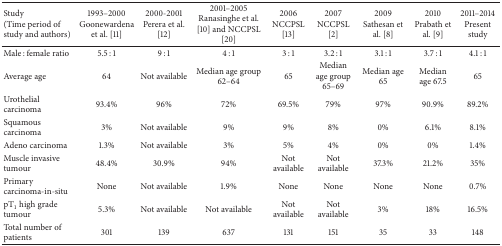
<table><thead><tr><td><b>Study(Time period of study and authors)</b></td><td><b>1993–2000 Goonewardena et al. [11]</b></td><td><b>2000-2001Perera et al. [12]</b></td><td><b>2001–2005Ranasinghe et al. [10] and NCCPSL [20]</b></td><td><b>2006NCCPSL [13]</b></td><td><b>2007NCCPSL [2]</b></td><td><b>2009Sathesan et al. [8]</b></td><td><b>2010Prabath et al. [9]</b></td><td><b>2011–2014Present study </b></td></tr></thead><tbody><tr><td>Male : female ratio</td><td>5.5 : 1</td><td>9 : 1</td><td>4 : 1</td><td>3 : 1</td><td>3.2 : 1</td><td>3.1 : 1</td><td>3.7 : 1</td><td>4.1 : 1</td></tr><tr><td>Average age </td><td>64</td><td>Not available</td><td>Median age group 62–64</td><td>65</td><td>Median age group 65–69</td><td>Median age 65</td><td>Median age 67.5</td><td>65</td></tr><tr><td>Urothelial carcinoma</td><td>93.4%</td><td>96%</td><td>72%</td><td>69.5%</td><td>79%</td><td>97%</td><td>90.9%</td><td>89.2%</td></tr><tr><td>Squamous carcinoma</td><td>3%</td><td>Not available</td><td>9%</td><td>9%</td><td>8%</td><td>0%</td><td>6.1%</td><td>8.1%</td></tr><tr><td>Adeno carcinoma</td><td>1.3%</td><td>Not available</td><td>3%</td><td>5%</td><td>4%</td><td>0%</td><td>0%</td><td>1.4%</td></tr><tr><td>Muscle invasive tumour</td><td>48.4%</td><td>30.9%</td><td>94%</td><td>Not available</td><td>Not available</td><td>37.3%</td><td>21.2%</td><td>35%</td></tr><tr><td>Primary carcinoma-in-situ</td><td>None</td><td>Not available</td><td>1.9%</td><td>None</td><td>None</td><td>None</td><td>None</td><td>0.7%</td></tr><tr><td>pT<sub>1</sub> high grade tumour</td><td>5.3%</td><td>Not available</td><td>Not available</td><td>Not available</td><td>Not available</td><td>3%</td><td>18%</td><td>16.5%</td></tr><tr><td>Total number of patients </td><td>301</td><td>139</td><td>637</td><td>131</td><td>151</td><td>35</td><td>33</td><td>148</td></tr></tbody></table>